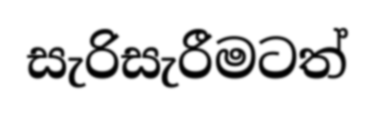
සැරිසැරීමටත්